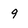
Character: 9